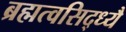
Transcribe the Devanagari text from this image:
ब्रह्मत्वसिद्ध्यै